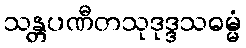
သန္တပဏီတသုဒုဒ္ဒသဓမ္မံ